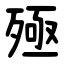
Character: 殛